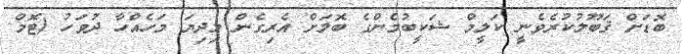
ބޮޑަށް ޤަބޫލުކުރެވެނީ ކަލީމް ޝަކީބުމެންގެ ބޮލަށް އެރިގެން މިދިޔަ މަހެއްހާ ދުވަހު (ޓޮމް